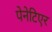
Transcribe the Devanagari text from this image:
पेनेटिएर